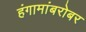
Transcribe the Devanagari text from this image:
हंगामांबरोबर